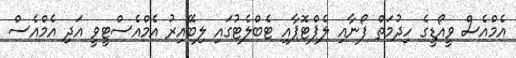
އެމްއެސް ވީއޯޑީގެ ހިދުމަތް ފޯނާއި ލެޕްޓޮޕާއި ޓެބްލެޓުގައި ލިބޭއިރު އެމްއެސްޓީވީ އަދި އެމްއެސް